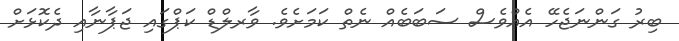
ބިރު ގަންނަޖެހޭ އެއްވެސް ސަބަބެއް ނެތް ކަމަށެވެ. ވާރލްޑް ކަޕްގައި ޖަޕާނާއި ދެކޮޅަށް